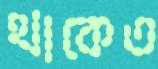
থাকেত